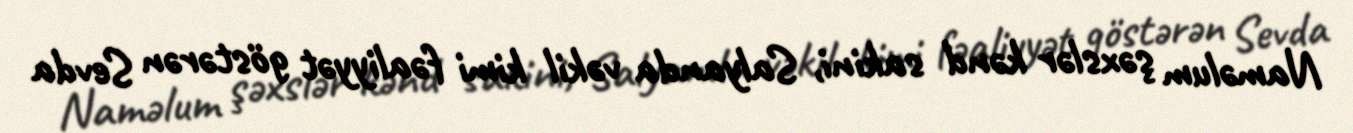
Naməlum şəxslər kənd sakini, Salyanda vəkil kimi fəaliyyət göstərən Sevda